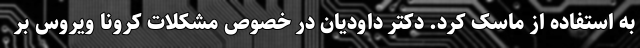
به استفاده از ماسک کرد. دکتر داودیان در خصوص مشکلات کرونا ویروس بر